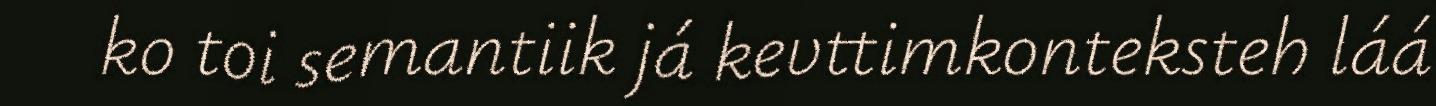
ko toi semantiik já kevttimkonteksteh láá